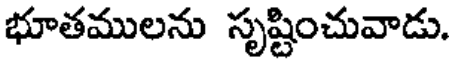
భూతములను సృష్టించువాడు.